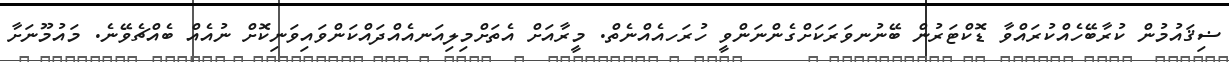
ޟިޤައުމުން ކުރާބޭހެއްކުރައްވާ ޑޮކްޓަރުން ބޭނުނވަރަކަށްގެންނަންވީ ހުރަހއެއްނެތް. މީރާއަށް އެތަށްމިލިއަނއެއްދައްކަންވައިވަނިކޮށް ނުއެއް ބެއްޗެވޭނެ. މައުމޫނަށާ